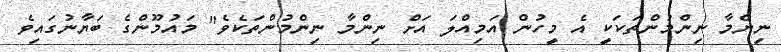
ނިންމާ ނިންމުންތަކަކީ އެ މީހުން އަމިއްލަ އަށް ނިންމާ ނިންމުންތަކެވެ" މައުމޫންގެ ބަޔާނުގައިވެ